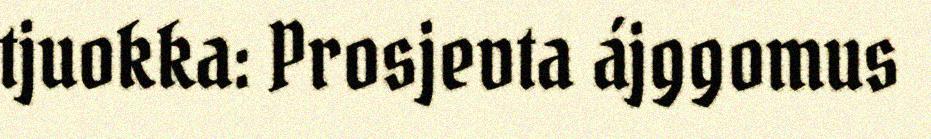
tjuokka: Prosjevta ájggomus